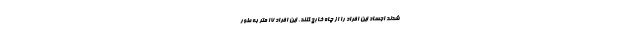
شدند اجساد این افراد را از چاه خارج کنند. این افراد 17 متر به طور